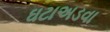
ઘટાઅડવા